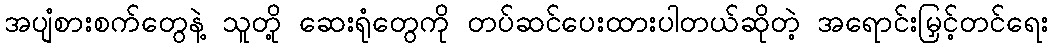
အပျံစားစက်တွေနဲ့ သူတို့ ဆေးရုံတွေကို တပ်ဆင်ပေးထားပါတယ်ဆိုတဲ့ အရောင်းမြှင့်တင်ရေး